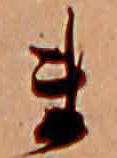
ま